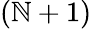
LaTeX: \left(\mathbb{N}+1\right)